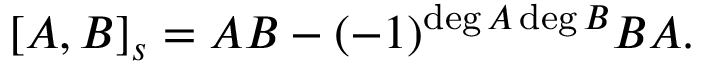
[ A , B ] _ { s } = A B - ( - 1 ) ^ { \deg A \deg B } B A .